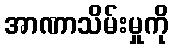
အာဏာသိမ်းမှုကို